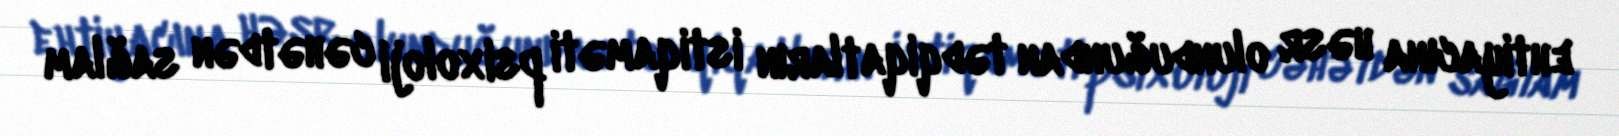
ehtiyacına həsr olunduğundan tədqiqatların istiqaməti psixoloji cəhətdən sağlam